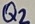
Text: Q2